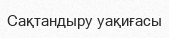
Сақтандыру уақиғасы